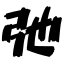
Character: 弛